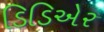
ડિડિએર